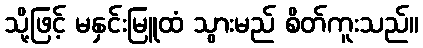
သို့ဖြင့် မနှင်းမြူထံ သွားမည် စိတ်ကူးသည်။